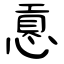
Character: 慐